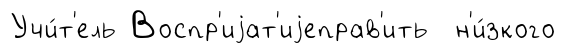
Учи́т'ель Воспр'иjат'иjеправ'ить н'и́зкого